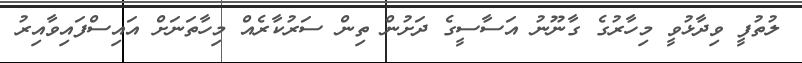
ލުތުފީ ވިދާޅުވީ މިހާރުގެ ގާނޫނު އަސާސީގެ ދަށުން ތިން ސަރުކާރެއް މިހާތަނަށް އައިސްފައިވާއިރު